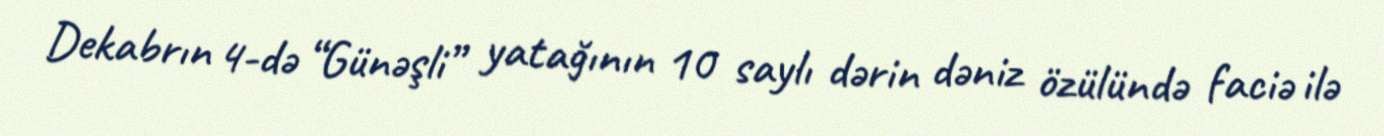
Dekabrın 4-də “Günəşli” yatağının 10 saylı dərin dəniz özülündə faciə ilə